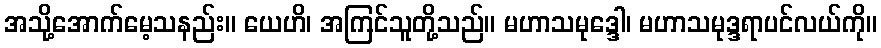
အသို့အောက်မေ့သနည်း။ ယေဟိ၊ အကြင်သူတို့သည်။ မဟာသမုဒ္ဒေါ၊ မဟာသမုဒ္ဒရာပင်လယ်ကို။